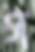
গ